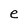
Character: e